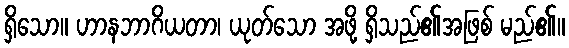
ရှိသော။ ဟာနဘာဂိယတာ၊ ယုတ်သော အဖို့ ရှိသည်၏အဖြစ် မည်၏။